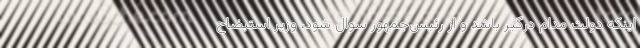
اینکه دولت مدام درگیر باشد و از رئیس‌جمهور سوال شود، وزیر استیضاح